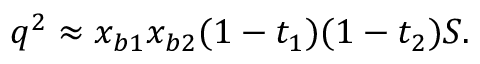
q ^ { 2 } \approx x _ { b 1 } x _ { b 2 } ( 1 - t _ { 1 } ) ( 1 - t _ { 2 } ) S .